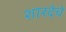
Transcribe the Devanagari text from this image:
शारदेचे